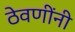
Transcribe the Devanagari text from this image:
ठेवणींनी